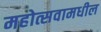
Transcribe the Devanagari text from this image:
महोत्सवामधील